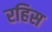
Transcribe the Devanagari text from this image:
रहिस